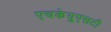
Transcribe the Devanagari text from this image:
एचकेयुएसटी